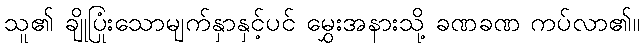
သူ၏ ချိုပြုံးသောမျက်နှာနှင့်ပင် မွှေးအနားသို့ ခဏခဏ ကပ်လာ၏။